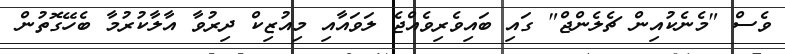
ވެސް "މެނެކުއިން ޗެލެންޖް" ގައި ބައިވެރިވެއްޖެ ލަވައާއި މިއުޒިކް ދިރުވާ އާލާކުރުމާ ބެހޭގޮތުން